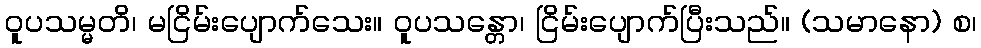
ဝူပသမ္မတိ၊ မငြိမ်းပျောက်သေး။ ဝူပသန္တော၊ ငြိမ်းပျောက်ပြီးသည်။ (သမာနော) စ၊